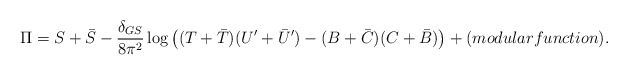
\begin{align*}{\Pi} = S + {\bar S} -\frac{\delta_{GS}}{8 \pi^2} \log \left((T + {\bar T})(U^{\prime}+{\bar U}^{\prime})-(B+{\bar C})(C+{\bar B})\right) +(modular function).\end{align*}